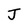
Character: J